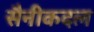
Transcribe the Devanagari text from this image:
सैनीकदल